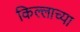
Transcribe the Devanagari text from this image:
किल्लाच्या